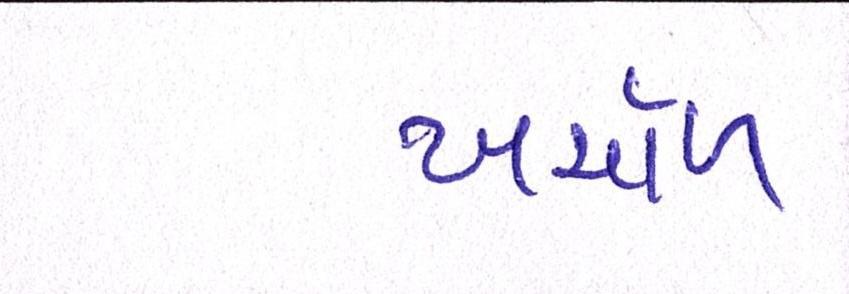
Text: ખર્ચાળ